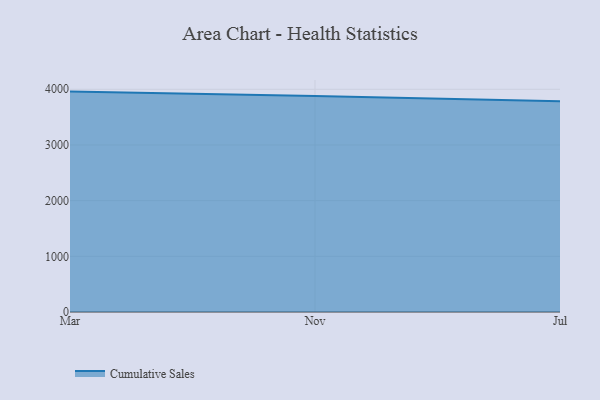
{"axis": {"x": "Month", "y": "Net Income (USD K)"}, "legend": ["Cumulative Sales"], "data": [{"x": "Mar", "y": 3958.3, "type": "Cumulative Sales"}, {"x": "Nov", "y": 3881.2, "type": "Cumulative Sales"}, {"x": "Jul", "y": 3784.1, "type": "Cumulative Sales"}]}